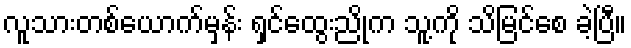
လူသားတစ်ယောက်မှန်း ရှင်ထွေးညိုက သူ့ကို သိမြင်စေ ခဲ့ပြီ။